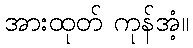
အားထုတ် ကုန်အံ့။